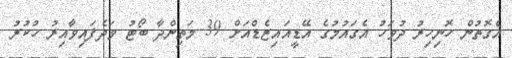
އެގޮތުން ހޮނިިހިރު ދުވަހު އެގައުމުގެ އޭޑީއައިޒެޑްއަށް 39 މަތިންދާ ބޯޓު ވަދެފައިވާއިރު ހުކުރު